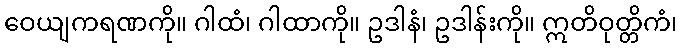
ဝေယျကရဏကို။ ဂါထံ၊ ဂါထာကို။ ဥဒါနံ၊ ဥဒါန်းကို။ ဣတိဝုတ္တိကံ၊